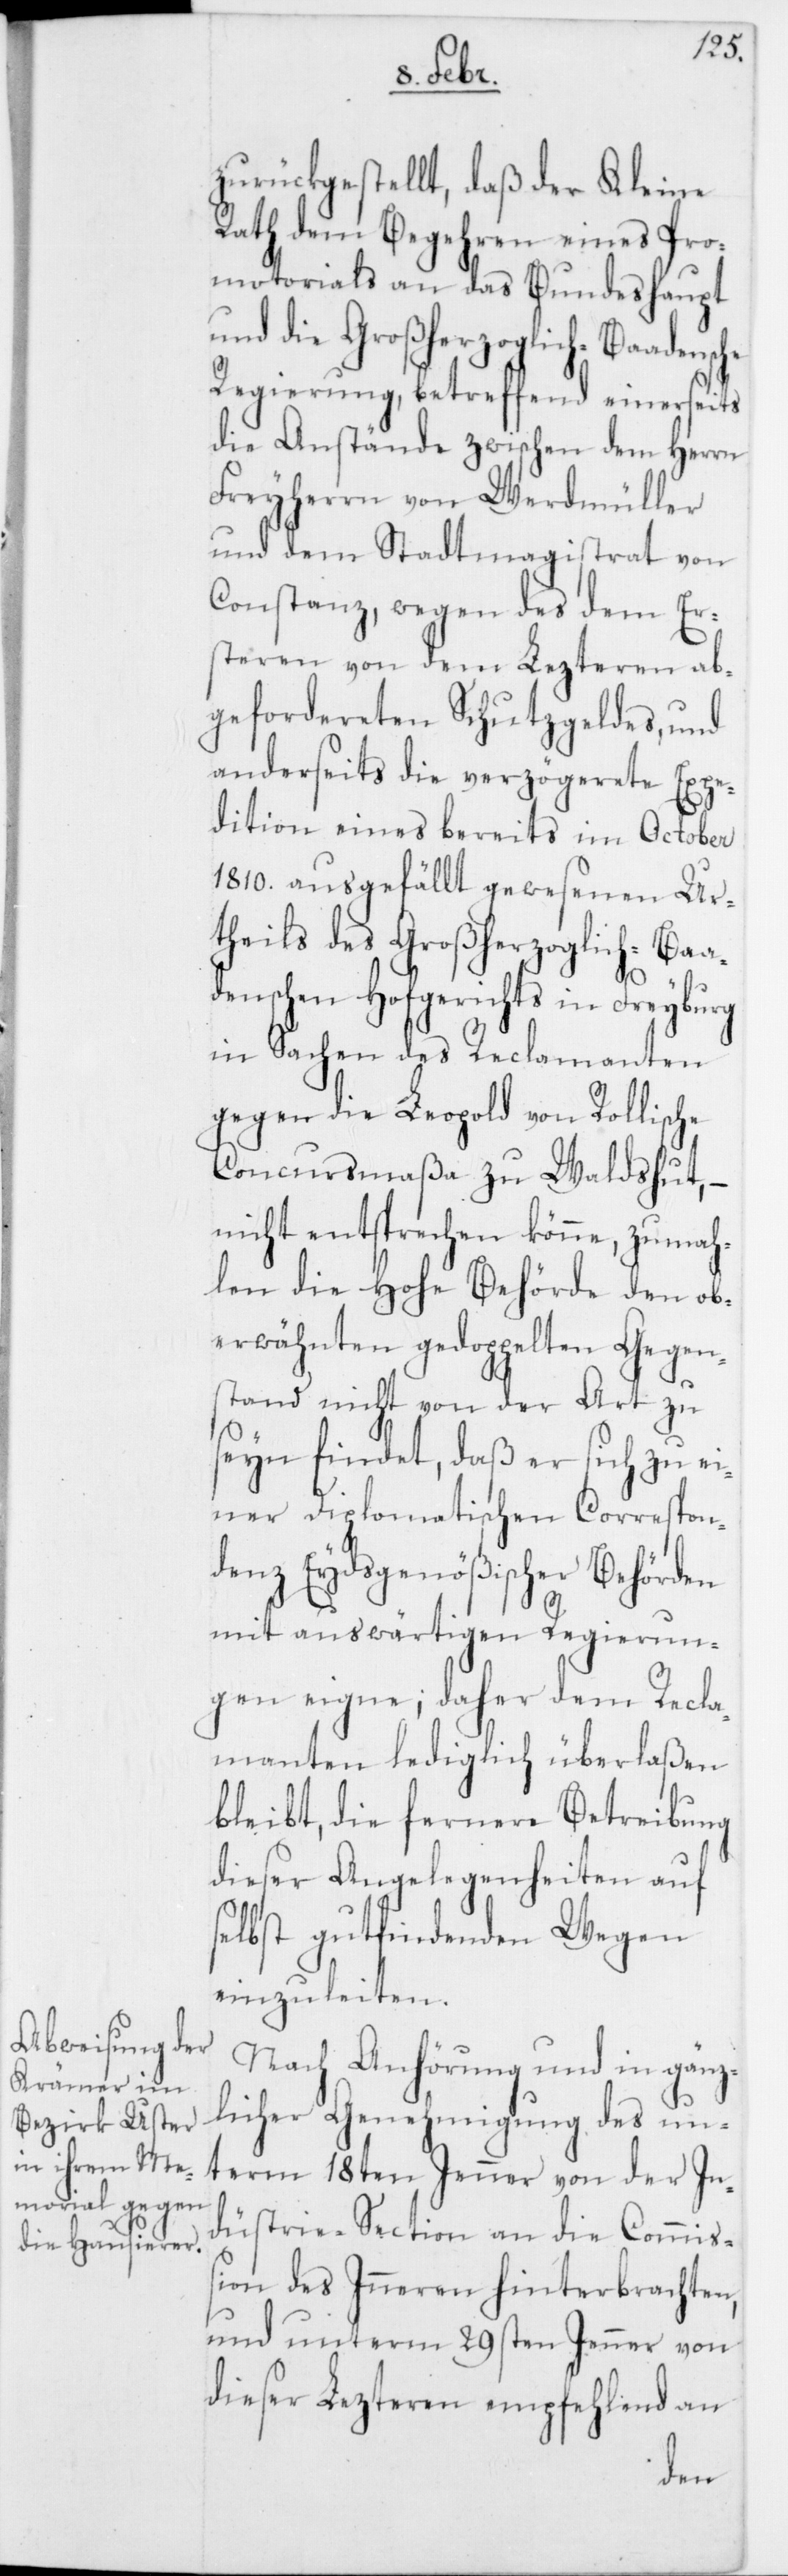
zurückgestellt, daß der Kleine
Rath dem Begehren eines Pro¬
motorials an das Bundeshaupt
und die Großherzoglich-Baadensche
Regierung, betreffend einerseits
die Anstände zwischen dem Herrn
Freyherrn von Werdmüller
und dem Stadtmagistrat von
Constanz, wegen des dem Er¬
steren von dem Lezteren ab¬
gefordereten Schutzgeldes, und
anderseits die verzögerete Expe¬
dition eines bereits im October
1810. ausgefällt gewesenen Ur¬
theils des Großherzoglich-Baa¬
denschen Hofgerichts in Freyburg
in Sachen des Reclamanten
gegen die Leopold von Rollische
Concursmaßa zu Waldshut, –
nicht entsprechen könne, zumah¬
len die Hohe Behörde den ob¬
erwähnten gedoppelten Gegen¬
stand nicht von der Art zu
seyn findet, daß er sich zu ei¬
ner Diplomatischen Correspon¬
denz Eydsgenößischer Behörden
mit auswärtigen Regierun¬
gen eigne; daher dem Recla¬
manten lediglich überlaßen
bleibt, die fernere Betreibung
dieser Angelegenheit auf
selbst gutfindenden Wegen
einzuleiten.
Nach Anhörung und in gänz¬
licher Genehmigung des un¬
term 18ten Jenner von der In¬
dustrie-Section an die Commiß¬
ion des Inneren hinterbrachten,
und unterm 29sten Jenner von
dieser Lezteren empfehlend an